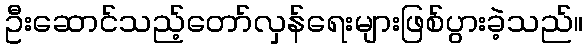
ဦးဆောင်သည့်တော်လှန်ရေးများဖြစ်ပွားခဲ့သည်။